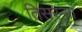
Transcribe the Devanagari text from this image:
तिसरऱ्या